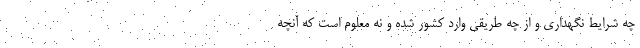
چه شرایط نگهداری و از چه طریقی وارد کشور شده و نه معلوم است که آنچه